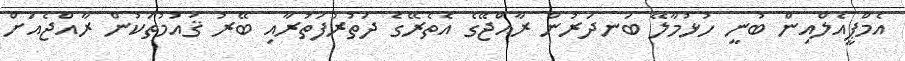
އެމްޕީއެލްއިން ބުނީ ހުޅުމާލޭ ބަނދަރުން ރާއްޖޭގެ އެތެރޭގެ ދަތުރުފަތުރާއި ބޭރު ޤައުމުތަކުން ރާއްޖެއަށް